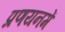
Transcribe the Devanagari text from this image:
प्रणयनमें